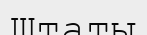
Штаты